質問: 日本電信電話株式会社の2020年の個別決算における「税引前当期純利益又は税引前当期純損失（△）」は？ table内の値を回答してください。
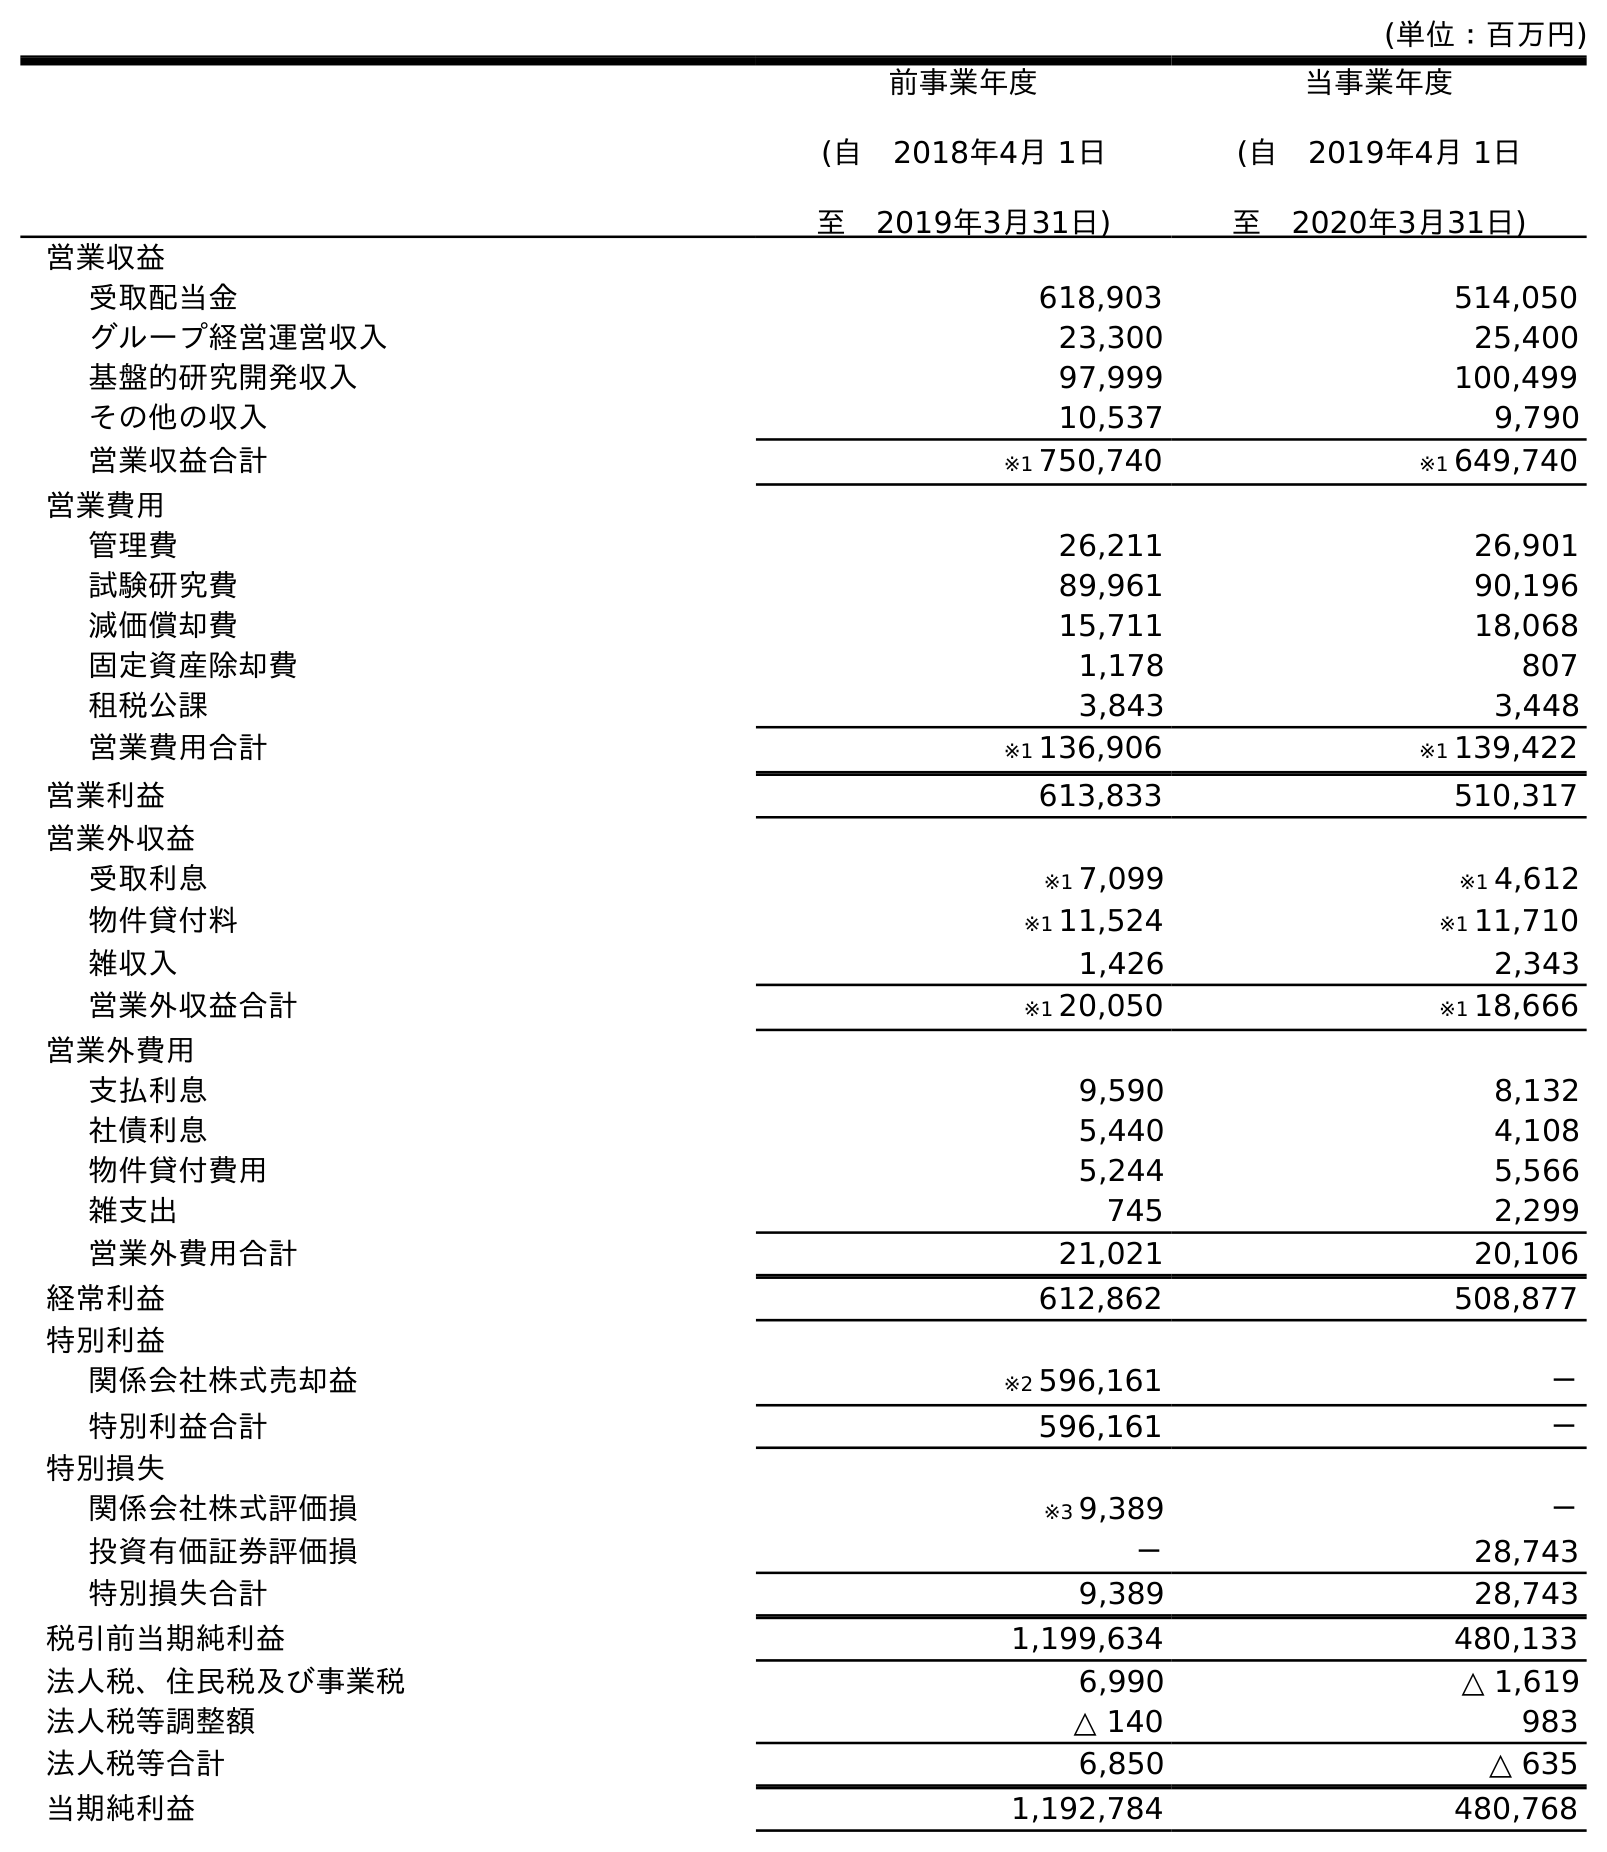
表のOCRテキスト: (単位：百万円) 前事業年度 (自 2018年4月 1日 至 2019年3月31日) 当事業年度 (自 2019年4月 1日 至 2020年3月31日) 営業収益 受取配当金 618,903 514,050 グループ経営運営収入 23,300 25,400 基盤的研究開発収入 97,999 100,499 その他の収入 10,537 9,790 営業収益合計 ※1 750,740 ※1 649,740 営業費用 管理費 26,211 26,901 試験研究費 89,961 90,196 減価償却費 15,711 18,068 固定資産除却費 1,178 807 租税公課 3,843 3,448 営業費用合計 ※1 136,906 ※1 139,422 営業利益 613,833 510,317 営業外収益 受取利息 ※1 7,099 ※1 4,612 物件貸付料 ※1 11,524 ※1 11,710 雑収入 1,426 2,343 営業外収益合計 ※1 20,050 ※1 18,666 営業外費用 支払利息 9,590 8,132 社債利息 5,440 4,108 物件貸付費用 5,244 5,566 雑支出 745 2,299 営業外費用合計 21,021 20,106 経常利益 612,862 508,877 特別利益 関係会社株式売却益 ※2 596,161 － 特別利益合計 596,161 － 特別損失 関係会社株式評価損 ※3 9,389 － 投資有価証券評価損 － 28,743 特別損失合計 9,389 28,743 税引前当期純利益 1,199,634 480,133 法人税、住民税及び事業税 6,990 △ 1,619 法人税等調整額 △ 140 983 法人税等合計 6,850 △ 635 当期純利益 1,192,784 480,768
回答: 480,133